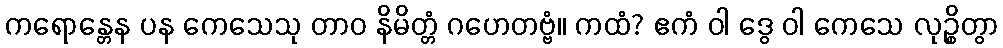
ကရောန္တေန ပန ကေသေသု တာဝ နိမိတ္တံ ဂဟေတဗ္ဗံ။ ကထံ? ဧကံ ဝါ ဒွေ ဝါ ကေသေ လုဉ္စိတွာ